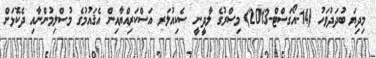
މިދިޔަ ބުދަދުވަހު (14-އޯގަސްޓް-2013) މިޞްރުގެ ލާދީނީ ސެކިއުލަރ އަސްކަރިއްޔާއިން އެޤައުމުގެ މުސްލިމުންނާއި ދެކޮޅަށް